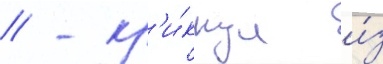
// - кр'и́кнул и́з